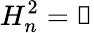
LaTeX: H_{n}^{2}=\mathbb{1}